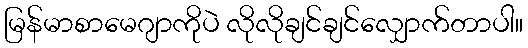
မြန်မာစာမေဂျာကိုပဲ လိုလိုချင်ချင်လျှောက်တာပါ။